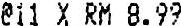
@11 X RM 8.99